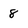
Character: 8